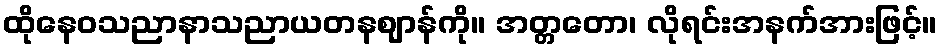
ထိုနေဝသညာနာသညာယတနဈာန်ကို။ အတ္တတော၊ လိုရင်းအနက်အားဖြင့်။